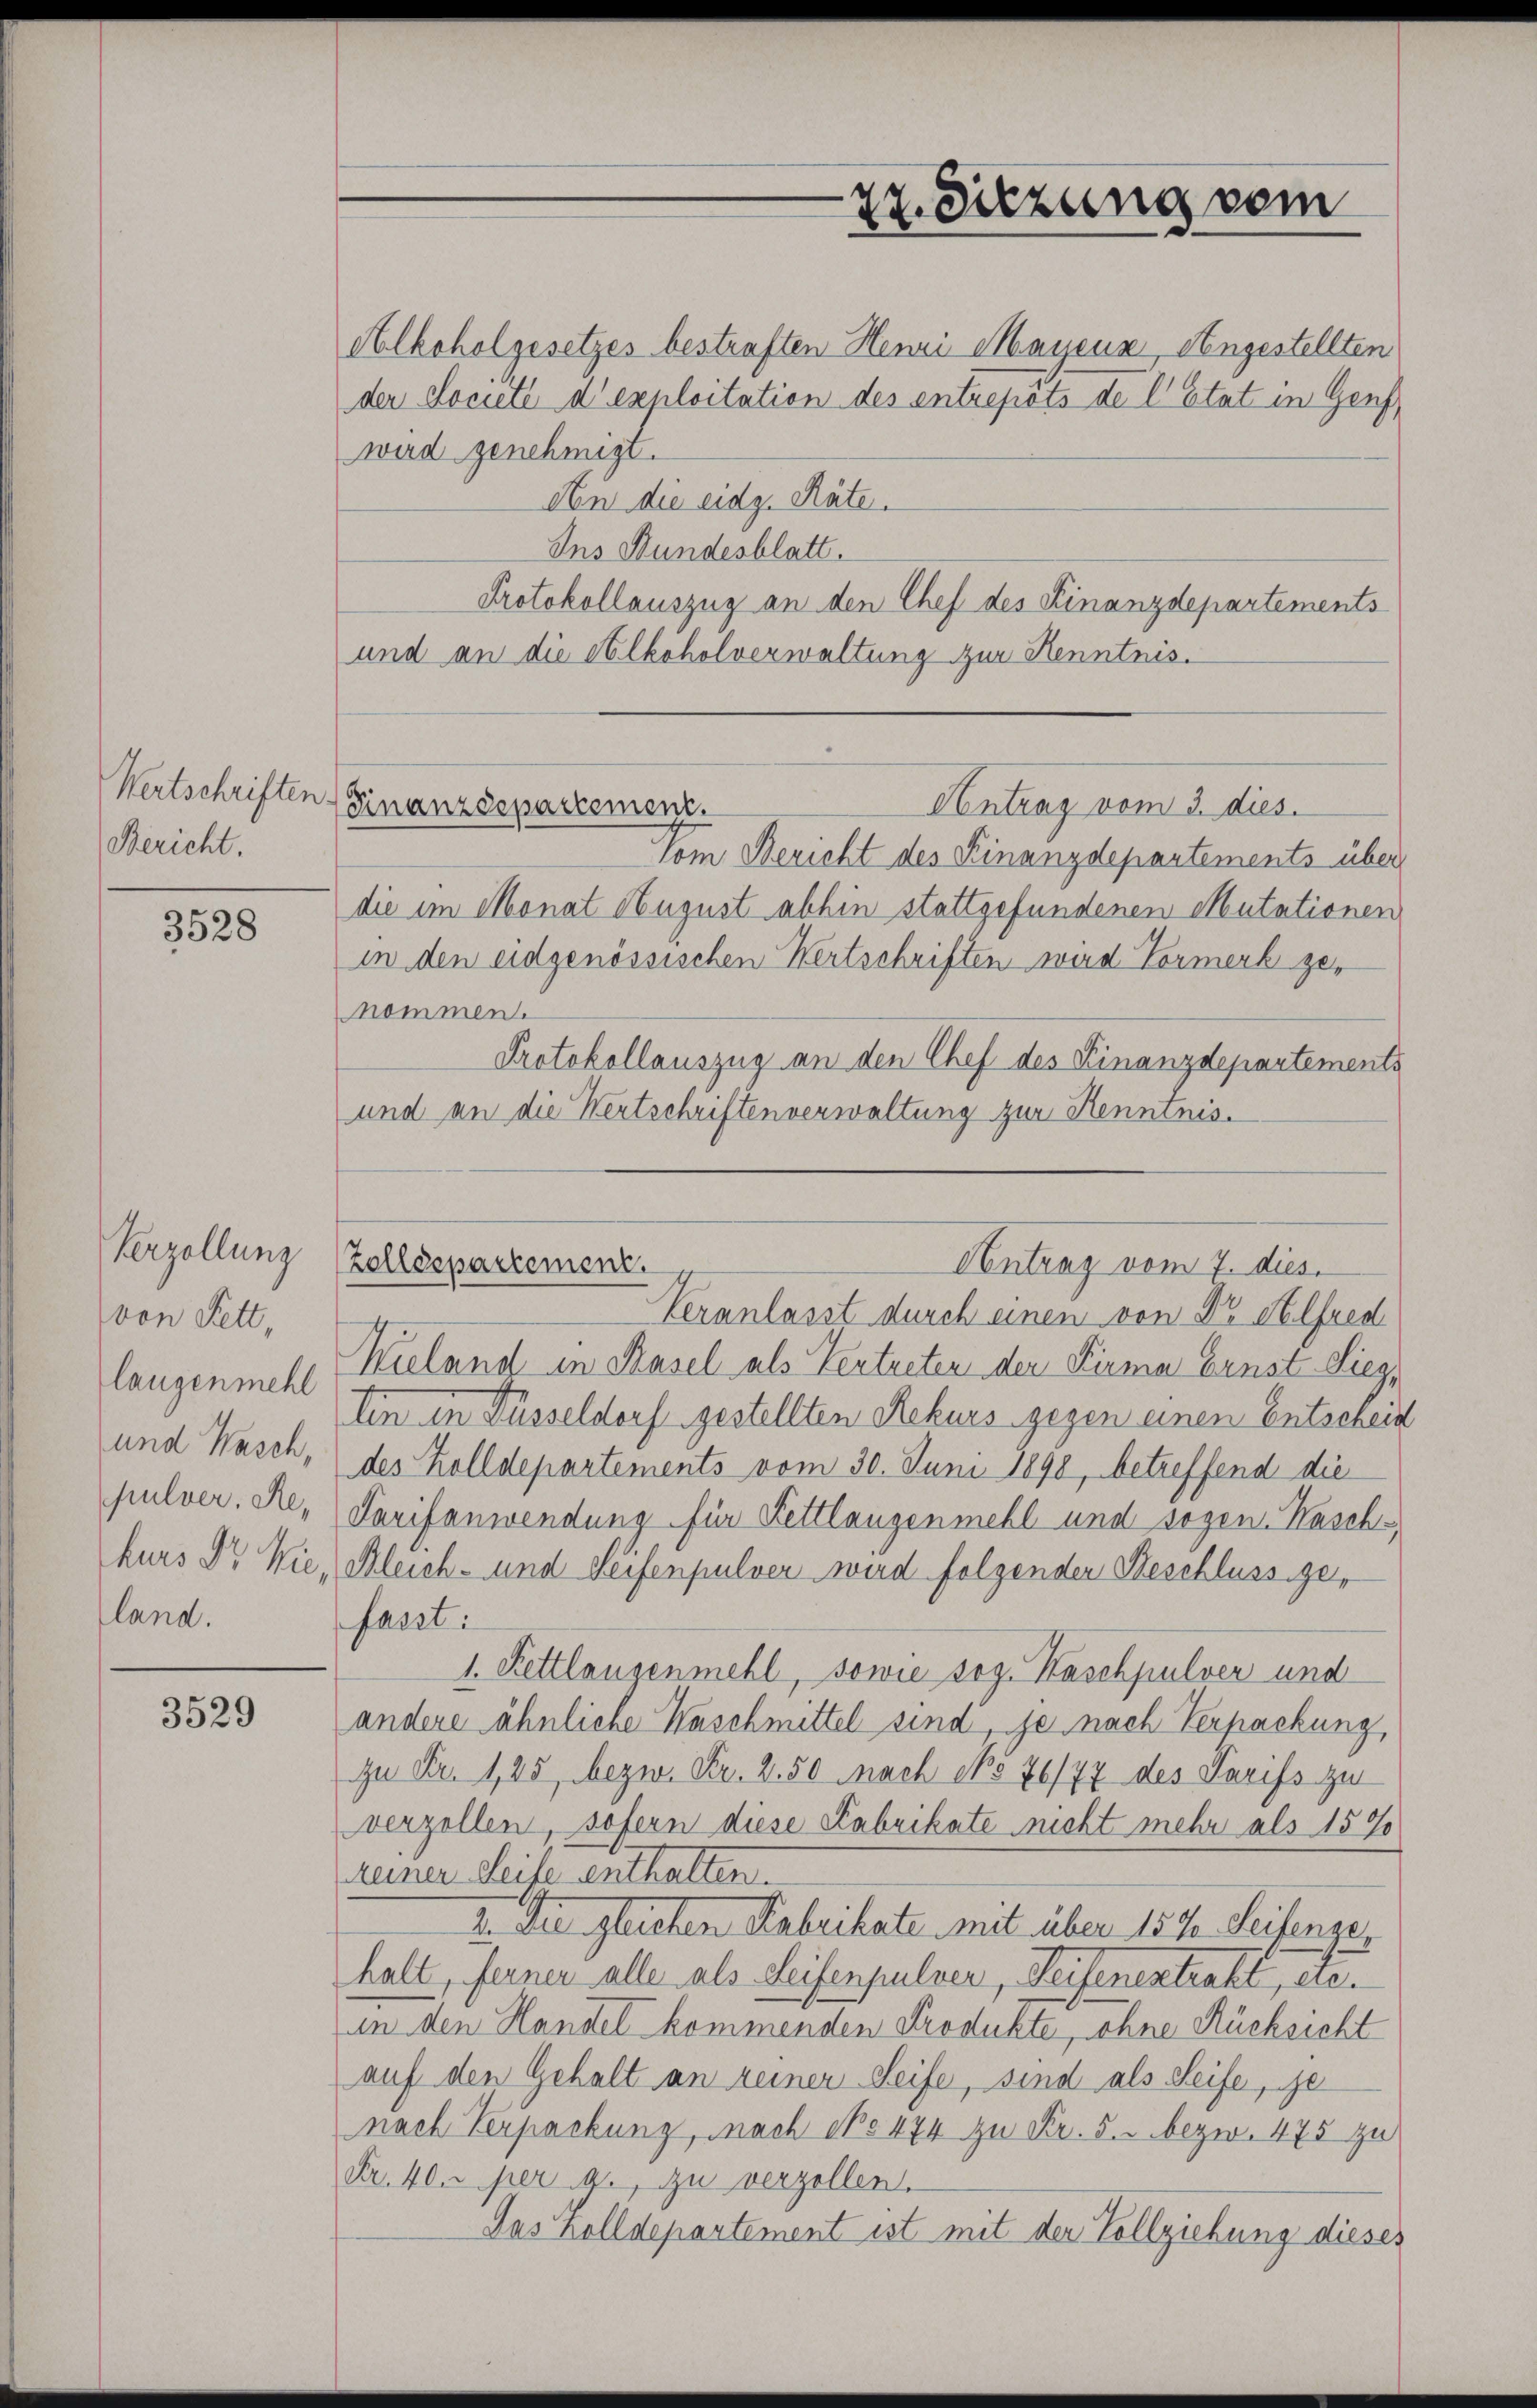
Wertschriften
Bericht.

3528

Verzollung
von Fett,
laugenmehl
und Wasch,
pulver, Rehurs Dr. Sie,
land.

3529

Alkoholgesetzes bestraften Henri Mayenz, Angestellten
der Societé d’exploitation des entrepots de l’Etat in Genf
wird genehmigt.
An die eidg. Räte.
Ins Bundesblatt.
Protokollauszug an den Chef des Finanzdepartements
und an die Alkoholverwaltung zur Kenntnis.
Antrag vom 3. dies.
Finanzdepartement.
Vom Bericht des Finanzdepartements über
die im Monat August abhin stattgefundenen Mutationen
in den eidgenössischen Wertschriften wird Vormerk zenommen.
Protokollauszug an den Chef des Finanzdepartements
und an die Kertschriften verwaltung zur Kenntnis.

22. Sitzung vom

Zolldepartement.
Antrag vom 7. dies

Veranlasst durch einen von Dr Alfred
Kueland in Basel als Vertreten der Firma Ernst Sieg,
Ein in Füsseldorf gestellten Rekurs gegen einen Entschein
des Kolldepartements vom 30. Juni 1898, betreffend die
Tarifanwendung für Kettlangenmehl und sogen. Wasch-
Bleich- und Seifenpulver wird folgender Beschluss gefasst:
1. Kettlangenmehl, sowie sog. Kaschpulver und
andere ähnliche Waschmittel sind, je nach Verpackung,
zu Fr. 125 bezw. Fr. 2.50 nach No 76/77 des Tarifs zu
verzellen, sofern diese Fabrikate nicht mehr als 157
reiner Leife enthalten.
I. Die gleichen Fabrikate mit über 157. Seifengehalt, ferner alle als Seifenpulver, Reifenentrakt, etc.
in den Handel kommenden Produkte, ohne Rücksicht
auf den Gehalt an keiner Seife, sind als Seife, ge
nach Verpackung, nach No 474 zu Fr. 5. bezw. 475 zu
Fr. 40. per 4. zu verzollen.
Das Zolldepartement ist mit der Vollziehung dieses